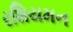
રશિયમન